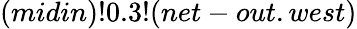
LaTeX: (midin)!0.3!(net-out.west)